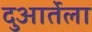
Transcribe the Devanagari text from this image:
दुआर्तेला